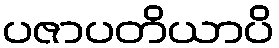
ပဇာပတိယာပိ